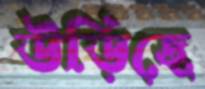
উড়িছে